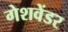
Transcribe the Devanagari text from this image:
गेशवेंडर